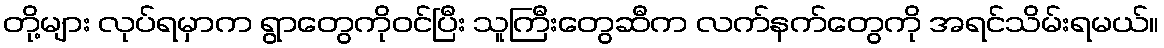
တို့များ လုပ်ရမှာက ရွာတွေကိုဝင်ပြီး သူကြီးတွေဆီက လက်နက်တွေကို အရင်သိမ်းရမယ်။